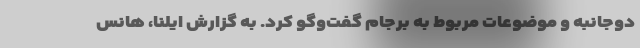
دوجانبه و موضوعات مربوط به برجام گفت‌وگو کرد. به گزارش ایلنا، هانس